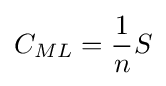
C_{ML}={\frac {1}{n}}S